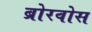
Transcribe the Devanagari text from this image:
ब्रोरवोस